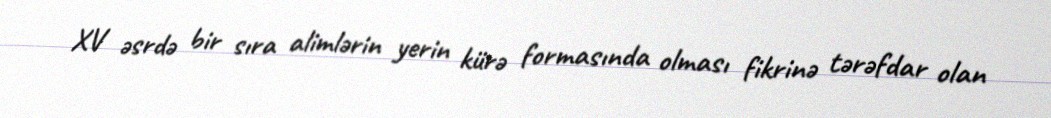
XV əsrdə bir sıra alimlərin yerin kürə formasında olması fikrinə tərəfdar olan